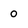
Character: 0